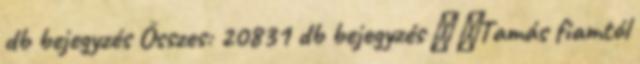
db bejegyzés Összes: 20831 db bejegyzés ♥ ♥Tamás fiamtól